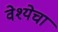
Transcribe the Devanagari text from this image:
वेश्येचा